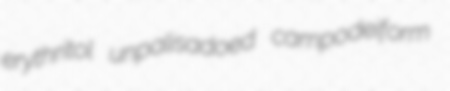
erythritol unpalisadoed campodeiform